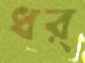
ধর্